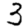
Digit: 3